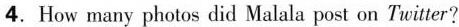
4.How many photos did Malala post on Twitter?